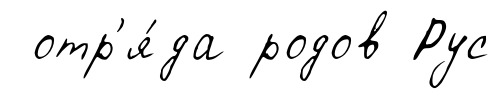
отр'я́да родов Рус